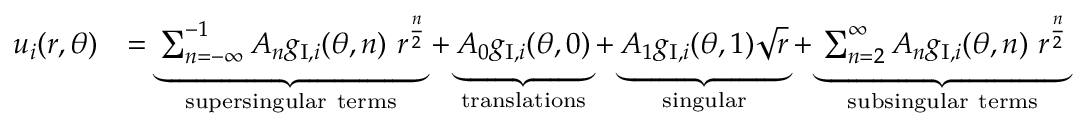
\begin{array} { r l } { u _ { i } ( r , \theta ) } & { = \underbrace { \sum _ { n = - \infty } ^ { - 1 } A _ { n } g _ { \mathrm { I } , i } ( \theta , n ) \ r ^ { \frac { n } { 2 } } } _ { \mathrm { s u p e r s i n g u l a r ~ t e r m s } } + \underbrace { A _ { 0 } g _ { \mathrm { I } , i } ( \theta , 0 ) } _ { \mathrm { t r a n s l a t i o n s } } + \underbrace { A _ { 1 } g _ { \mathrm { I } , i } ( \theta , 1 ) \sqrt { r } } _ { \mathrm { s i n g u l a r } } + \underbrace { \sum _ { n = 2 } ^ { \infty } A _ { n } g _ { \mathrm { I } , i } ( \theta , n ) \ r ^ { \frac { n } { 2 } } } _ { \mathrm { s u b s i n g u l a r ~ t e r m s } } } \end{array}